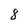
Character: 8